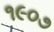
૧૯૦૭